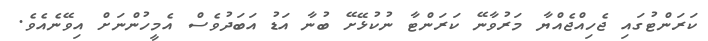
ކަރަންޓުގައި ޖެހިއްޖެއްޔާ މަރުވާނޭ ކަރަންޓާ ނުކުޅޭށޭ ބުނާ އަޑު އަބަދުވެސް އެމީހުންނަށް އިވޭނެއެވެ.